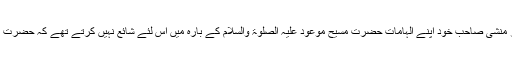
پھر یہاں تک کہنا شروع کر دیا کہ مرزا صاحب کے الہامات محض جھوٹ ہیں اور منشی صاحب خود اپنے الہامات حضرت مسیح موعود علیہ الصلوٰۃ والسلام کے بارہ میں اس لئے شائع نہیں کرتے تھے کہ حضرت مسیح موعود علیہ الصلوٰۃ والسلام ان کے خلاف حکومت میں کوئی مقدمہ نہ کر دیں۔